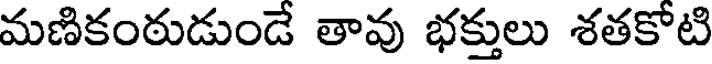
మణికంఠుడుండే తావు భక్తులు శతకోటి